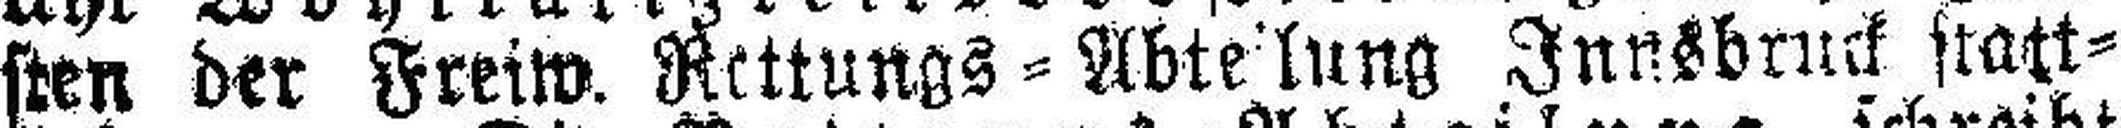
sten der Freiw. Rettungs=Abteilung Innsbruck statt¬